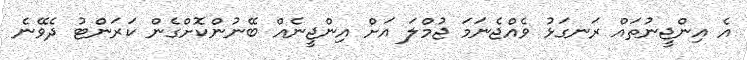
އެ އިންޖީނުތައް ރަނގަޅު ވެއްޖެނަމަ ޖުމްލަ އަށް އިންޖީނެއް ބޭނުންކޮށްގެން ކަރަންޓު ދެވޭނެ